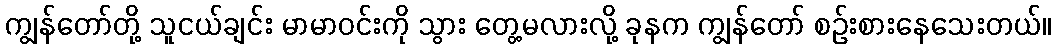
ကျွန်တော်တို့ သူငယ်ချင်း မာမာဝင်းကို သွား တွေ့မလားလို့ ခုနက ကျွန်တော် စဉ်းစားနေသေးတယ်။